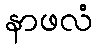
နာဖလံ